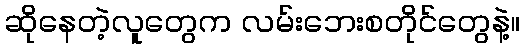
ဆိုနေတဲ့လူတွေက လမ်းဘေးစတိုင်တွေနဲ့။